Vaccination in Bombay 1902-1912 - 1902-1912
Year: 1902
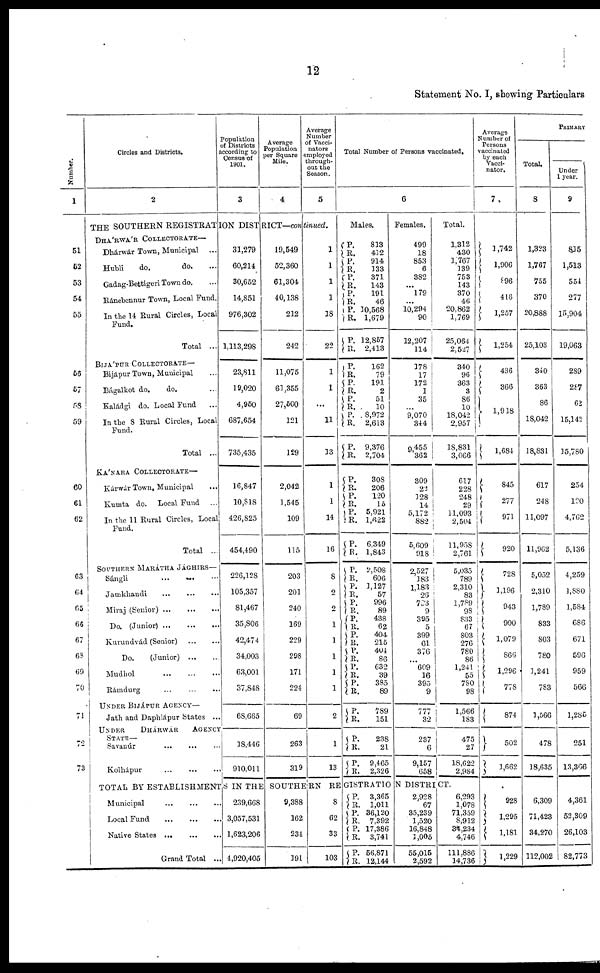
12
Statement No. I, showing Particulars
Number.
1
51
52
53
54
55
56
57
58
59
60
61
62
63
64
65
66
67
68
69
70
71
72
73
Circles and Districts.
2
Population
of Districts
according to
Census of
1901.
3
Average
Population
per Square
Mile.
4
Average
Number
of Vacci-
nators
employed
through-
out the
Season.
5
THE SOUTHERN REGISTRATION DISTRICT—continued.
DHÁRWÁR COLLECTORATE—
Dhárwár Town, Municipal ...
Hubli
do.
do. ...
Gadag-Bettigeri Town do. ...
Ránebennur Town, Local Fund.
In the 14 Rural Circles, Local
Fund.
Total ...
BIJÁPUR COLLECTORATE—
Bijápur Town, Municipal ...
Bágalkot do.
do. ...
Kaládgi do. Local Fund ...
In the 8 Rural Circles, Local
Fund.
Total ...
KÁNARA COLLECTORATE—
Kárwár Town, Municipal ...
Kumta do. Local Fund ...
In the 11 Rural Circles, Local
Fund.
Total ...
SOUTHERN MARÁTHA JÁGHIRS—
Sángli
...
...
...
Jamkhandi
...
...
...
Miraj (Senior)
...
...
...
Do. (Junior)
...
...
...
Kurundvád (Senior)
...
...
Do.
(Junior)
...
...
Mudhol
...
...
...
Rámdurg
...
...
...
UNDER BIJÁPUR AGENCY—
Jath and Daphlápur States ...
UNDER DHÁRWÁR AGENCY
STATE —
Savanúr
...
...
...
Kolhápur
...
...
...
31,279
60,214
30,652
14,851
976,302
1,113,298
23,811
19,020
4,950
687,654
735,435
16,847
10,818
426, 825
454,490
226,128
105,357
81,467
35,806
42,474
34,003
63,001
37,848
68,665
18,446
910,011
19,549
52,360
61,304
40,138
212
242
11,075
61,355
27,500
121
129
2,042
1,545
109
115
203
201
240
169
229
298
171
224
69
263
319
1
1
1
1
18
22
1
1
...
11
13
1
1
14
16
8
2
2
1
1
1
1
1
2
1
13
Total Number of Persons vaccinated.
6
Males.
P.
R.
P.
R.
P.
R.
P.
R.
P.
R.
P.
R.
P.
R.
P.
R.
P.
R.
P.
R.
P.
R.
P.
R.
P.
R.
P.
R.
P.
R.
P.
R.
P.
R.
P.
R.
R.
R.
P.
R. P.
R.
P.
R. P.
R.
P.
R.
P.
R.
P.
R.
813
412
914
133
371
143
191
46
10,568
1,679
12,857
2,413
162
79
191
2
51
10
8,972
2,613
9,376
2,704
308
206
120
15
5,921
1,622
6,349
1,843
2,508
606
1,127
57
996
89
438
62
404
215
404
86
632
39
385
89
789
151
238
21
9,465
2,326
Females.
499
18
853
6
382
...
179
...
10,294
90
12,207
114
178
17
172
1
35
...
9,070
344
9,455
362
309
22
128
14
5,172
882
5,609
918
2,527
183
1,183
26
793
9
395
5
399
61
376 ...
609
16
395
9
77
32
237
6
9,157
658
Total.
1,312
430
1,767
139
753
143
370
46
20,862
1,769
25,064
2,527
340
96
363
3
86
10
18,042
2,957
18,831
3,066
617
228
248
29
11,093
2,504
11,958
2,761
5,035
789
2,310
83
1,789
98
833
67
803
276
780
86
1,241
55
780
98
1,566
183
475
27
18,622
2,984
TOTAL BY ESTABLISHMENTS IN THE SOUTHERN REGISTRATION DISTRICT.
Municipal
...
...
...
Local Fund
...
...
...
Native States
...
...
...
Grand Total ...
239,668
3,057,531
1,623,206
4,920,405
9,388
162
234
191
8
62
33
103
P.
R.
P.
R.
P.
R.
P.
R.
3,365
1,011
36,120
7,392
17,386
3,741
56,871
12,144
2,928
67
35,239
1,520
16,848
1,005
55,015
2,592
6,293
1,078
71,359
8,912
34,234
4,746
111,886
14,736
Average
Number of
Persons
vaccinated
by each
Vacci-
nator.
7
1,742
1,906
896
416
1,257
1,254
436
366
1,918
1,684
845
277
971
920
728
1,196
943
900
1,079
866
1,296
778
874
502
1,662
928
1,295
1,181
1,229
PRIMARY
Total.
8
1,323
1,767
755
370
20,888
25,103
340
363
86
18,042
18,831
617
248
11,097
11,962
5,052
2,310
1,789
833
803
780
1,241
783
1,566
478
18,635
6,309
71,423
34,270
112,002
Under
1 year.
9
815
1,513
554
277
15,904
19,063
289
287
62
15,142
15,780
254
120
4,762
5,136
4,259
1,880
1,584
686
671
596
959
566
1,285
251
13,366
4,361
52,309
26,103
82,773